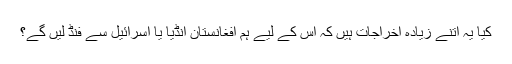
کیا یہ اتنے زیادہ اخراجات ہیں کہ اس کے لیے ہم افغانستان انڈیا یا اسرائیل سے فنڈ لیں گے؟